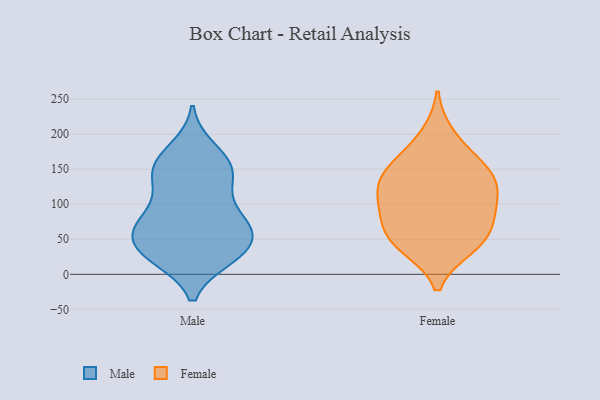
{"axis": {"x": "Net Income (USD K)", "y": "Value"}, "legend": ["Female", "Male"], "data": [{"x": "", "y": 141, "type": "Male"}, {"x": "", "y": 25, "type": "Male"}, {"x": "", "y": 61, "type": "Male"}, {"x": "", "y": 61, "type": "Male"}, {"x": "", "y": 48, "type": "Male"}, {"x": "", "y": 98, "type": "Male"}, {"x": "", "y": 146, "type": "Male"}, {"x": "", "y": 179, "type": "Male"}, {"x": "", "y": 70, "type": "Male"}, {"x": "", "y": 164, "type": "Male"}, {"x": "", "y": 140, "type": "Male"}, {"x": "", "y": 74, "type": "Male"}, {"x": "", "y": 24, "type": "Male"}, {"x": "", "y": 28, "type": "Male"}, {"x": "", "y": 163, "type": "Male"}, {"x": "", "y": 27, "type": "Male"}, {"x": "", "y": 85, "type": "Male"}, {"x": "", "y": 130, "type": "Male"}, {"x": "", "y": 66, "type": "Male"}, {"x": "", "y": 35, "type": "Male"}, {"x": "", "y": 43, "type": "Female"}, {"x": "", "y": 200, "type": "Female"}, {"x": "", "y": 134, "type": "Female"}, {"x": "", "y": 166, "type": "Female"}, {"x": "", "y": 151, "type": "Female"}, {"x": "", "y": 124, "type": "Female"}, {"x": "", "y": 93, "type": "Female"}, {"x": "", "y": 75, "type": "Female"}, {"x": "", "y": 60, "type": "Female"}, {"x": "", "y": 43, "type": "Female"}, {"x": "", "y": 38, "type": "Female"}, {"x": "", "y": 85, "type": "Female"}, {"x": "", "y": 122, "type": "Female"}, {"x": "", "y": 109, "type": "Female"}, {"x": "", "y": 152, "type": "Female"}]}